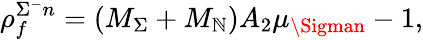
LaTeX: \rho_{f}^{\Sigma^{-}n}=(M_{\Sigma}+M_{\mathbb{N}})A_{2}\mu_{\Sigman}-1,